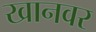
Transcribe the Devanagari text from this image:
खानवर